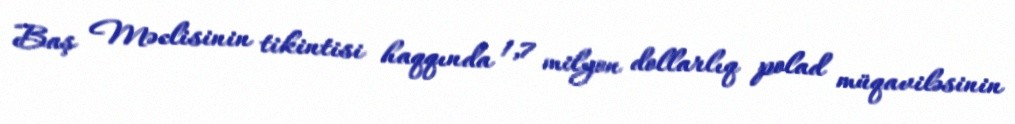
Baş Məclisinin tikintisi haqqında 1,7 milyon dollarlıq polad müqaviləsinin